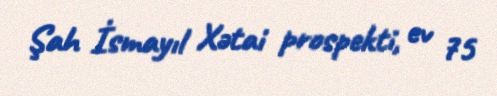
Şah İsmayıl Xətai prospekti, ev 75